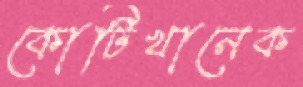
কোটিখানেক